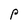
Character: P